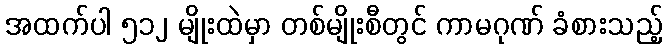
အထက်ပါ ၅၁၂ မျိုးထဲမှာ တစ်မျိုးစီတွင် ကာမဂုဏ် ခံစားသည့်